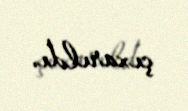
çıxarıldı.